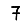
Digit: 7